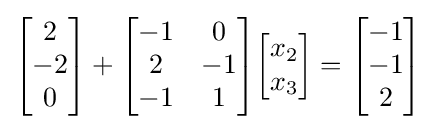
{\begin{bmatrix}2\\-2\\0\end{bmatrix}}+{\begin{bmatrix}-1&0\\2&-1\\-1&1\end{bmatrix}}{\begin{bmatrix}x_{2}\\x_{3}\end{bmatrix}}={\begin{bmatrix}-1\\-1\\2\end{bmatrix}}